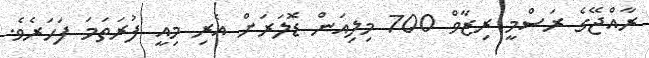
ރާއްޖޭގެ ރަސްމީ ރިޒާވް 700 މިލިއަން ޑޮލަރަށް އެރި މިއީ ފުރަތަމަ ފަހަރެވެ.